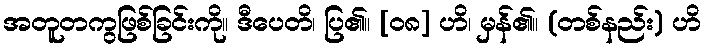
အတူတကွဖြစ်ခြင်းကို။ ဒီပေတိ၊ ပြ၏။ [၀၈] ဟိ၊ မှန်၏။ (တစ်နည်း) ဟိ